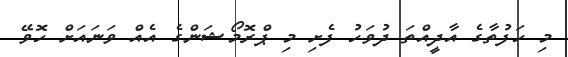
މި ހަފުތާގެ އާދީއްތަ ދުވަހު ފެށި މި ޕްރޮމޯޝަންގެ އެއް ވަނައަށް ހޮވޭ